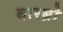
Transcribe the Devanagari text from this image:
बारब्रो